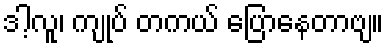
ဒါ့လူ၊ ကျုပ် တကယ် ပြောနေတာဗျ။